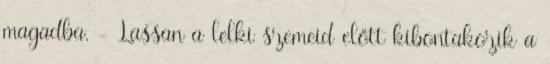
magadba. - Lassan a lelki szemeid előtt kibontakozik a